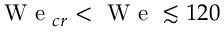
\mathrm { ~ W ~ e ~ } _ { c r } < \mathrm { ~ W ~ e ~ } \lesssim 1 2 0